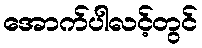
အောက်ပါလင့်တွင်